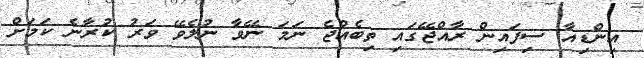
އިންޑިއާ ސިފައިން ރާއްޖޭގައި ތިބެއްޖެ ނަމަ ނޭވާ ނުލެވޭ ވަރު ކުރާނެ ކަމަށް